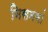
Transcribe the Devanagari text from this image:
निसनवां